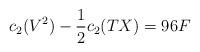
LaTeX: \begin{align*}c_{2}(V^{2})-\frac{1}{2}c_{2}(TX)=96F\end{align*}